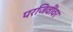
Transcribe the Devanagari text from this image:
परजिवींवर